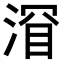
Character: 𬈐